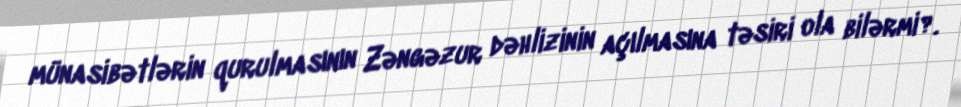
münasibətlərin qurulmasının Zəngəzur dəhlizinin açılmasına təsiri ola bilərmi?.